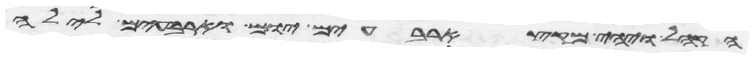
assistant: הקהל ויהי מקץ ארבעים יום וארבעים לילה